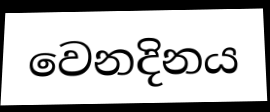
වෙනදිනය